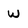
Character: w